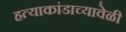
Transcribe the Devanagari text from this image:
हत्याकांडाच्यावेळी